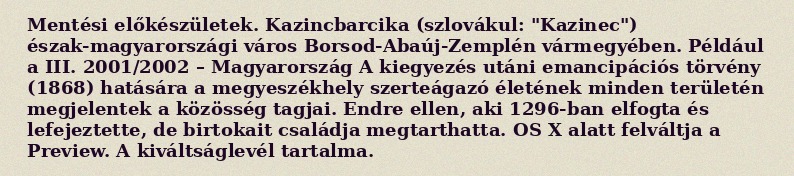
Mentési előkészületek. Kazincbarcika (szlovákul: "Kazinec") észak-magyarországi város Borsod-Abaúj-Zemplén vármegyében. Például a III. 2001/2002 – Magyarország A kiegyezés utáni emancipációs törvény (1868) hatására a megyeszékhely szerteágazó életének minden területén megjelentek a közösség tagjai. Endre ellen, aki 1296-ban elfogta és lefejeztette, de birtokait családja megtarthatta. OS X alatt felváltja a Preview. A kiváltságlevél tartalma.